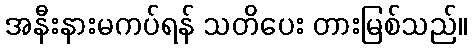
အနီးနားမကပ်ရန် သတိပေး တားမြစ်သည်။